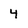
Character: 4